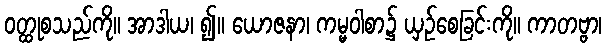
ဝတ္ထုစသည်ကို။ အာဒါယ၊ ၍။ ယောဇနာ၊ ကမ္မဝါစာ၌ ယှဉ်စေခြင်းကို။ ကာတဗ္ဗာ၊